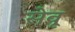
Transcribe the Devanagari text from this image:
सेवू